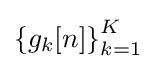
\left\{g_{k}[n]\right\}_{k=1}^{K}